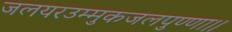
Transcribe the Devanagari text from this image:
जलयरउम्मुकजलपुण्णा।।